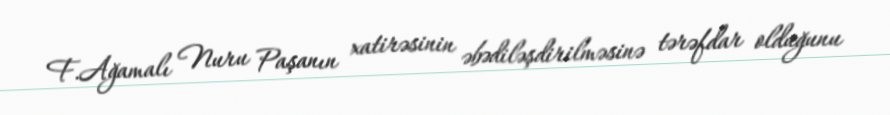
F.Ağamalı Nuru Paşanın xatirəsinin əbədiləşdirilməsinə tərəfdar olduğunu